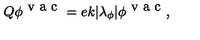
Q \phi ^ { \textrm { v a c } } = e k | \lambda _ { \phi } | \phi ^ { \textrm { v a c } } ,